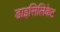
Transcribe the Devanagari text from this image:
डाइसिलिकेट